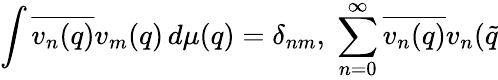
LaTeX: \int\overline{{{v_{n}(q)}}}v_{m}(q)\, d\mu(q)=\delta_{nm},\; \sum_{n=0}^{\infty}\overline{{{v_{n}(q)}}}v_{n}(\tilde{q}